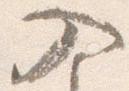
入